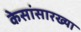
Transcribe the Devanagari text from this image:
केसांसारख्या